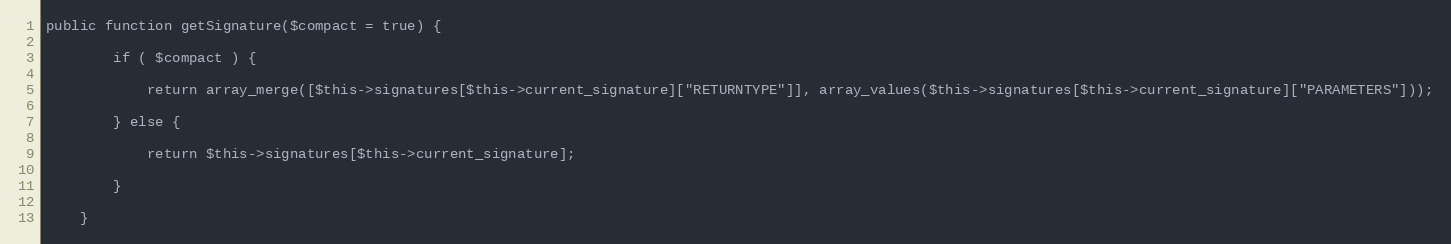
Language: PHP
public function getSignature($compact = true) {

        if ( $compact ) {

            return array_merge([$this->signatures[$this->current_signature]["RETURNTYPE"]], array_values($this->signatures[$this->current_signature]["PARAMETERS"]));

        } else {

            return $this->signatures[$this->current_signature];

        }

    }